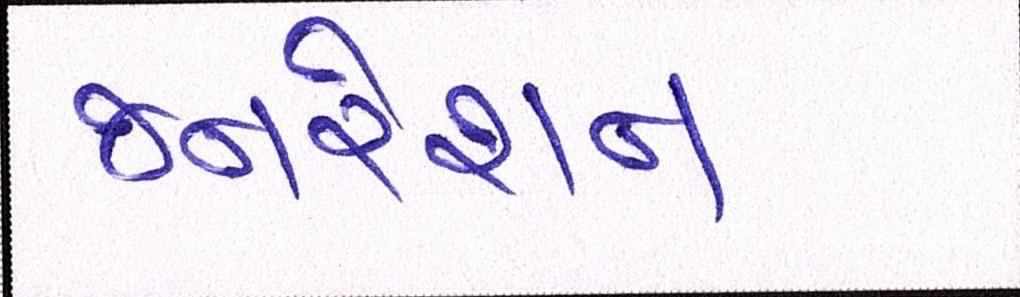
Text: જનરેશન